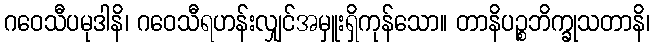
ဂဝေသီပမုဒါနိ၊ ဂဝေသီရဟန်းလျှင်အမှူးရှိကုန်သော။ တာနိပဉ္စဘိက္ခုသတာနိ၊